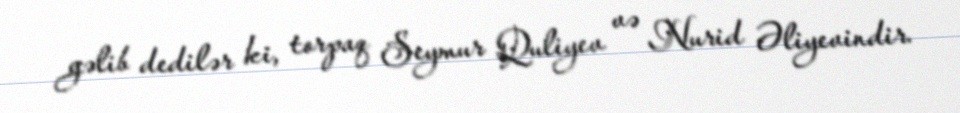
gəlib dedilər ki, torpaq Seymur Quliyev və Nurid Əliyevindir.